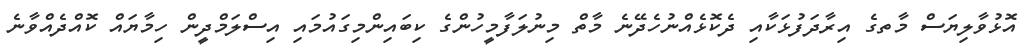
އޮޅުވާލިޔަސް މާތގެ އިރާދަފުޅަކާއި ދެކޮޅެއްނުހެދޭނެ މާތް މިނުލަފާމީހުންގެ ކިބައިންމިގައުމައި އިސްލަމްދީން ހިމާޔައް ކޮއްދެއްވާނެ